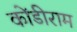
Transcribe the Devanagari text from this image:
कोंडीराम